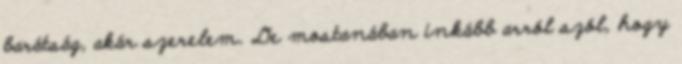
barátság, akár szerelem. De mostanában inkább arról szól, hogy